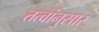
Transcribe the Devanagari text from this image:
तत्वांनुसार